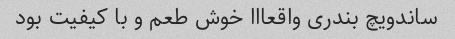
ساندویچ بندری واقعااا خوش طعم و با کیفیت بود